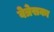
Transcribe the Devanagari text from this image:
वेत्रेसका